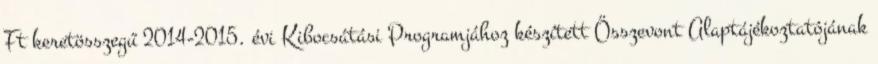
Ft keretösszegű 2014-2015. évi Kibocsátási Programjához készített Összevont Alaptájékoztatójának